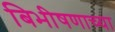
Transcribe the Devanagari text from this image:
बिभीषणाच्या